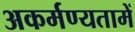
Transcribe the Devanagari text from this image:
अकर्मण्यतामें